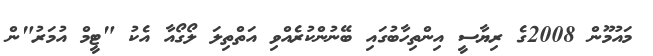
މައުމޫން 2008ގެ ރިޔާސީ އިންތިހާބުގައި ބޭނުންކުރެއްވި އަތްތިލަ ލޯގޯއާ އެކު "ޓީމް އުމަރު"ން